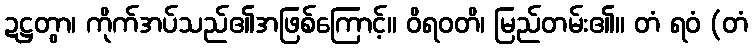
ဍဋ္ဌတွာ၊ ကိုက်အပ်သည်၏အဖြစ်ကြောင့်။ ဝိရဝတိ၊ မြည်တမ်း၏။ တံ ရဝံ (တံ